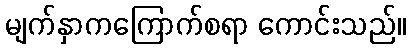
မျက်နှာကကြောက်စရာ ကောင်းသည်။